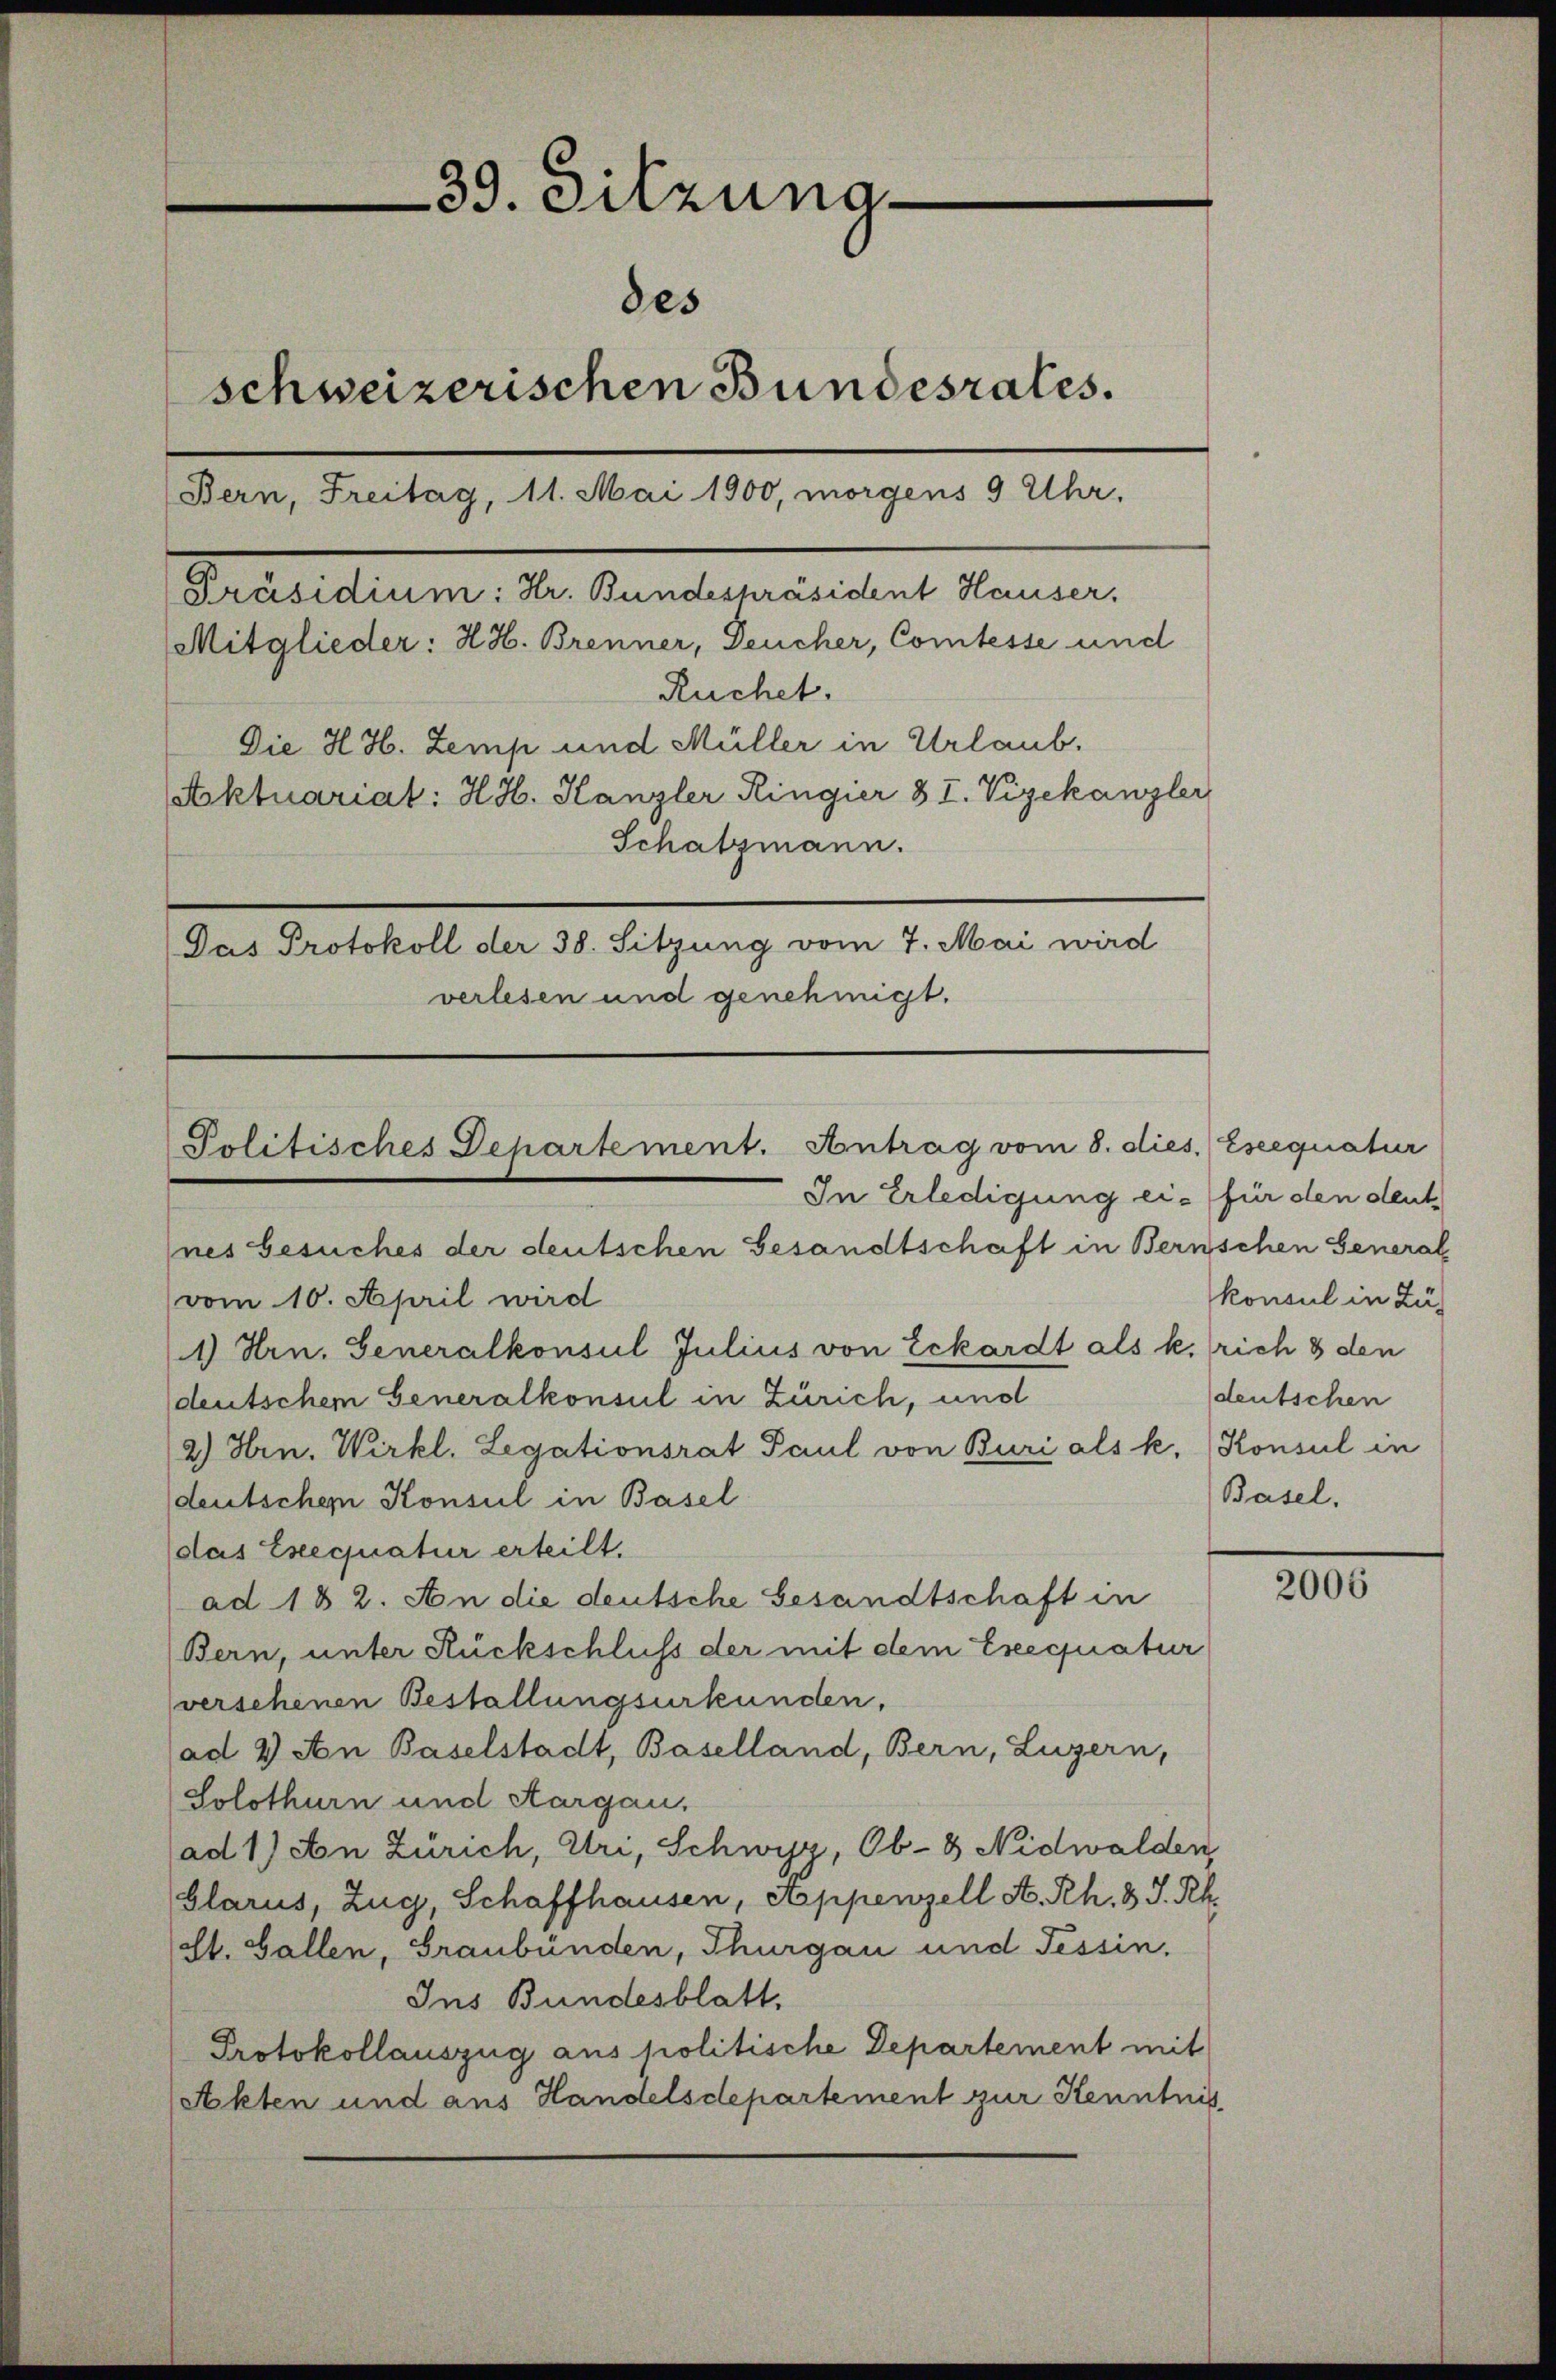
39. Sitzuna
des
schweizerischen Bundesrates.
Bern, Freitag, 11. Mai 1900, morgens 9 Uhr.

Präsidium: Hr. Bundespräsident Hauser,
Mitglieder: H. H. Brenner, Deucher, Comtesse und
Ruchet.
Die H. H. Zemp und Müller in Urlaub.
stektuariat: H. H. Kanzler Ringier § I. Vizekanzler
Schatzmann.
Das Protokoll der 38. Sitzung vom 7. Mai wird
verlesen und genehmigt.

Politisches Departement. Antrag vom 8. dies. Eseequatur
In Erledigung ein für den deut

nes Gesuches der deutschen Gesandtschaft in Bernschen General
vom 10. April wird
1) Hrn. Generalkonsul Julius von Eckardt als k. rich 8 den
deutschem Generalkonsul in Zürich, und
2.) Hrn. Wirkl. Legationsrat Paul von Buri als k. Konsul in
deutschen Konsul in Basel
das Exequatur erteilt.
ad 182. An die deutsche Gesandtschaft in
Bern, unter Rückschluß der mit dem Exequatur
verschenen Bestallungsurkunden,
(ad 2. An Baselstadt, Baselland, Bern, Luzern,
Solothurn und Aargau,
ad 1) an Zürich, Uri, Schwyz, Ob-8 Nidwalden,
Glarus, Zug, Schaffhausen, Appenzell A. Rh. 3. J. Rh.
St. Gallen, Graubünden, Thurgau und Tessin.
Ins Bundesblatt,
Protokollauszug aus politische Departement mit
Akten und aus Handelsdepartement zur Kenntnis

konsul in Züdeutschen
Basel.

2006